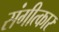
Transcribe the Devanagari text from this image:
संगीत्कार